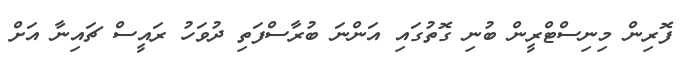
ފޮރިން މިނިސްޓްރީން ބުނި ގޮތުގައި އަންނަ ބުރާސްފަތި ދުވަހު ރައީސް ޗައިނާ އަށް